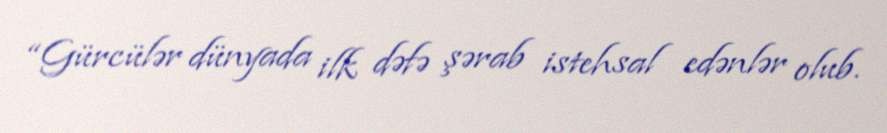
“Gürcülər dünyada ilk dəfə şərab istehsal edənlər olub.